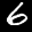
Label: 6